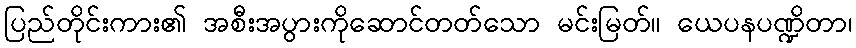
ပြည်တိုင်းကား၏ အစီးအပွားကိုဆောင်တတ်သော မင်းမြတ်။ ယေပနပဏ္ဍိတာ၊